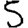
Digit: 5